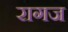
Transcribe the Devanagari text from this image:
रागज